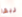
ريفا